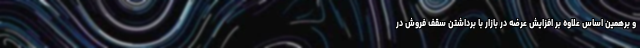
و برهمین اساس علاوه بر افزایش عرضه در بازار با برداشتن سقف فروش در